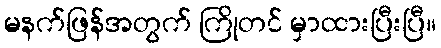
မနက်ဖြန်အတွက် ကြိုတင် မှာထားပြီးပြီ။